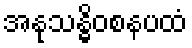
အနုသန္ဓိဝစနပထံ